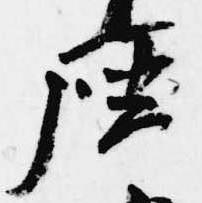
座